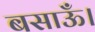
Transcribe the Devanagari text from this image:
बसाऊँ।